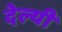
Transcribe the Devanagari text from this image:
देल्यी